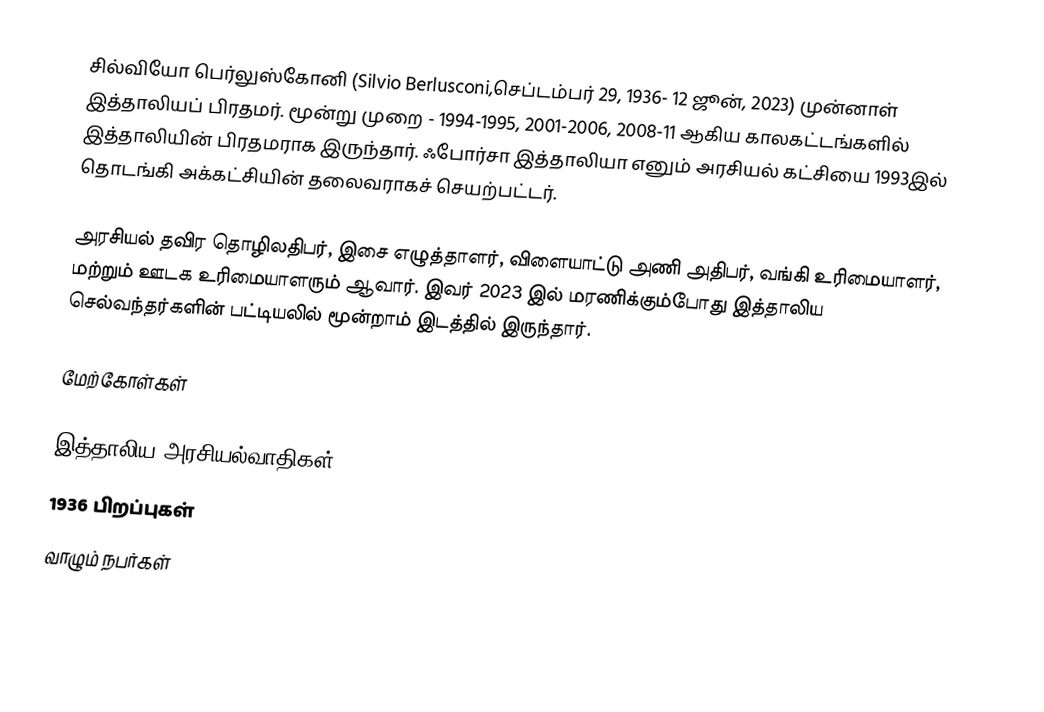
சில்வியோ பெர்லுஸ்கோனி (Silvio Berlusconi,செப்டம்பர் 29, 1936- 12 ஜூன், 2023) முன்னாள் இத்தாலியப் பிரதமர்.  மூன்று முறை - 1994-1995, 2001-2006, 2008-11 ஆகிய காலகட்டங்களில் இத்தாலியின் பிரதமராக இருந்தார்.  ஃபோர்சா இத்தாலியா எனும் அரசியல் கட்சியை 1993இல் தொடங்கி அக்கட்சியின் தலைவராகச் செயற்பட்டர்.

அரசியல் தவிர தொழிலதிபர், இசை எழுத்தாளர், விளையாட்டு அணி அதிபர், வங்கி உரிமையாளர், மற்றும் ஊடக உரிமையாளரும் ஆவார். இவர் 2023 இல் மரணிக்கும்போது இத்தாலிய செல்வந்தர்களின் பட்டியலில் மூன்றாம் இடத்தில் இருந்தார்.

மேற்கோள்கள்

இத்தாலிய அரசியல்வாதிகள்
1936 பிறப்புகள்
வாழும் நபர்கள்